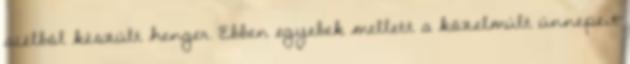
acélból készült henger. Ebben egyebek mellett a közelmúlt ünnepeit